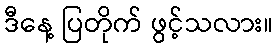
ဒီနေ့ ပြတိုက် ဖွင့်သလား။